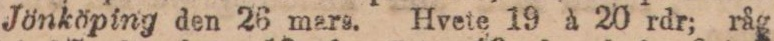
Jönköping den 26 mars. Hvete 19 à 20 rdr; råg